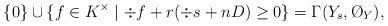
LaTeX: \begin{align*}\{0\}\cup\{f\in K^\times \mid \div f+r(\div s+nD)\geq 0 \}=\Gamma(Y_s,\O_Y),\end{align*}